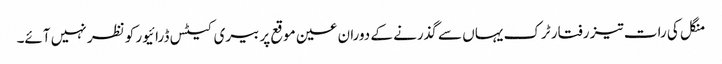
منگل کی رات تیز رفتار ٹرک یہاں سے گذرنے کے دوران عین موقع پر بیری کیٹس ڈرائیور کو نظر نہیں آئے۔